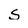
Character: S